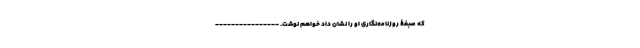
که صبغۀ روزنامه‌نگاری او را نشان داد خواهم نوشت. ----------------